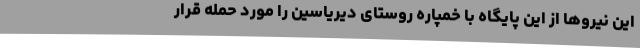
این نیروها از این پایگاه با خمپاره روستای دیریاسین را مورد حمله قرار